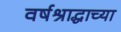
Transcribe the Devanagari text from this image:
वर्षश्राद्धाच्या